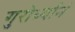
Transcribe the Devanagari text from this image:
गुरोर्ध्यानं